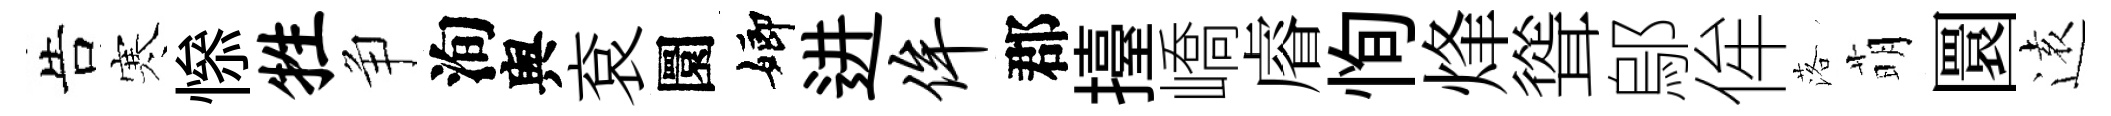
告寒𢡖牲争洵舆袞圜嫏进侔郡擡嶠𥈠恂烽聳鄔侔落萌圜逺